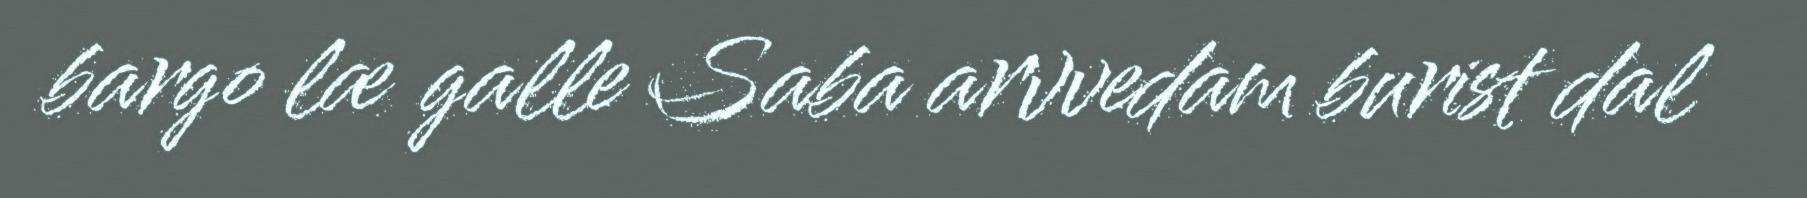
bargo læ galle Saba arvvedam burist dal